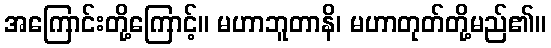
အကြောင်းတို့ကြောင့်။ မဟာဘူတာနိ၊ မဟာတုတ်တို့မည်၏။